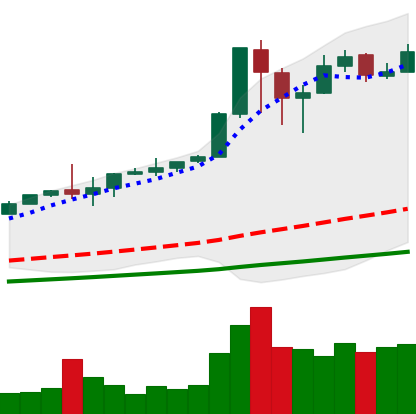
Ticker: BTC-USD
Chart end date: 2017-12-15
Forward return: -6.112%
Label: down_5_7